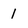
Character: 1